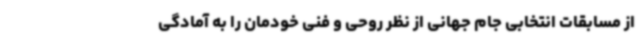
از مسابقات انتخابی جام جهانی از نظر روحی و فنی خودمان را به آمادگی